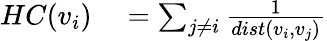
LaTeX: \begin{array}{rl}{HC(v_{i})}&{{}=\sum_{j\neq i}{\frac{1}{dist(v_{i},v_{j})}}}\end{array}